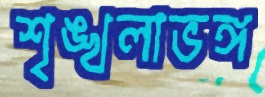
শৃঙ্খলাভঙ্গ